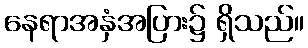
နေရာအနှံအပြား၌ ရှိသည်။